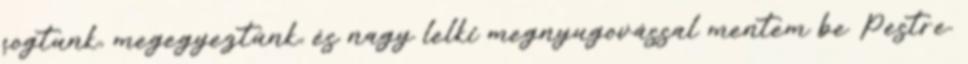
fogtunk, megegyeztünk, és nagy lelki megnyugovással mentem be Pestre.